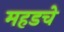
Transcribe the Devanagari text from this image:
महडचे